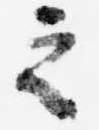
之